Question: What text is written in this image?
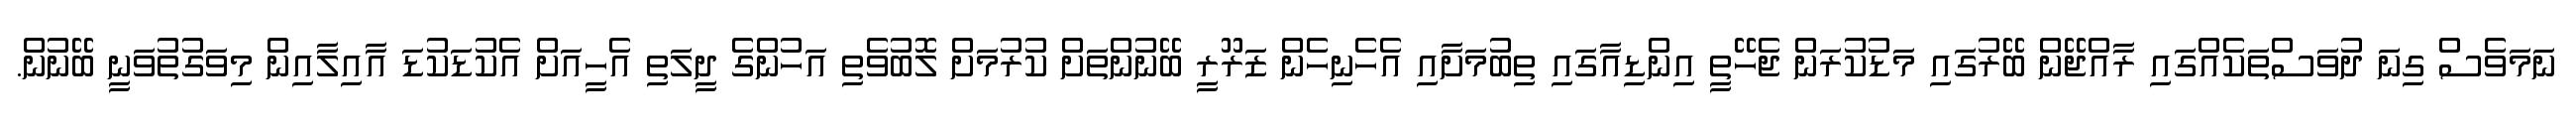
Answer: ނަމަވެސް ގިނަ ދުވަސްތަކެއްގައި ރާއްޖޭން ބޭރުގައި މަޑުކުރަން ޖެހޭތީ އިންޑިއާގައި ތިބުމަށާއި އެހެނިހެން ޒަރޫރީ ބޭނުންތަށް ކުރުމަށް ލޮބުވެތި އަހުންގެ ދީލަތި އެހީއަށް އެކުޑަކުޑަ އާއިލާއިން މިވަގުތުވަނީ ބޭނުން.